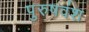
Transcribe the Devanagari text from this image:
पुरुषवंश